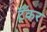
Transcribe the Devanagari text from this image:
टॅँकर